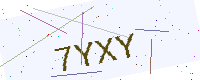
Text: 7YXY